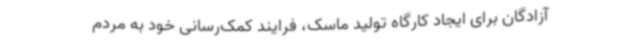
آزادگان برای ایجاد کارگاه تولید ماسک، فرایند کمک‌رسانی خود به مردم